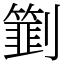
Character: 㔐